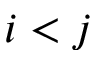
i < j